Report on vaccination in the Province of Bengal - 1869-1873
Year: 1869
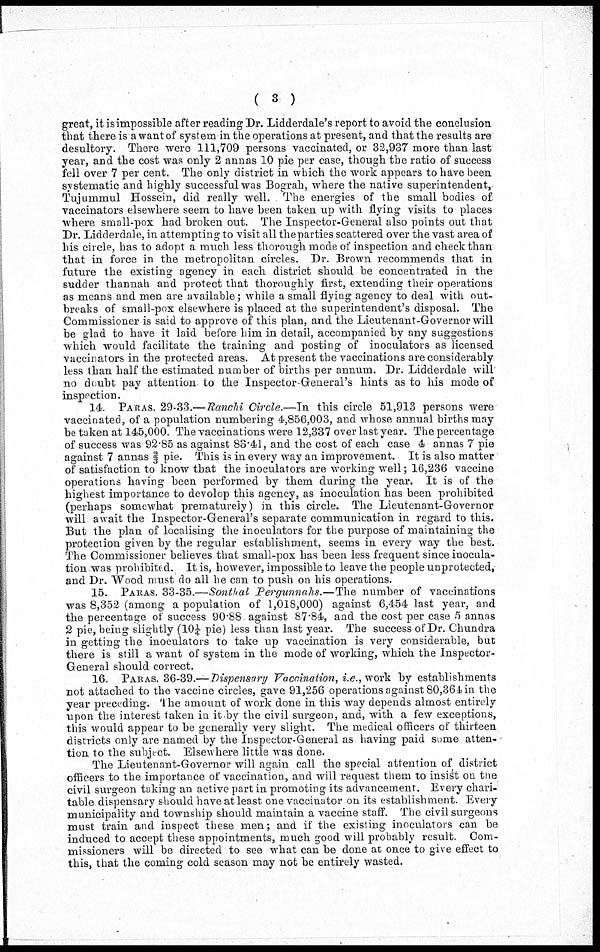
( 3 )
great, it is impossible after reading Dr. Lidderdale's report to avoid the conclusion
that there is a want of system in the operations at present, and that the results are
desultory. There were 111,709 persons vaccinated, or 32,937 more than last
year, and the cost was only 2 annas 10 pie per case, though the ratio of success
fell over 7 per cent. The only district in which the work appears to have been
systematic and highly successful was Bograh, where the native superintendent,
Tujummul Hossein, did really well. The energies of the small bodies of
vaccinators elsewhere seem to have been taken up with flying visits to places
where small-pox had broken out. The Inspector-General also points out that
Dr. Lidderdale, in attempting to visit all the parties scattered over the vast area of
his circle, has to adopt a much less thorough mode of inspection and check than
that in force in the metropolitan circles. Dr. Brown recommends that in
future the existing agency in each district should be concentrated in the
sudder thannah and protect that thoroughly first, extending their operations
as means and men are available; while a small flying agency to deal with out-
breaks of small-pox elsewhere is placed at the superintendent's disposal. The
Commissioner is said to approve of this plan, and the Lieutenant-Governor will
be glad to have it laid before him in detail, accompanied by any suggestions
which would facilitate the training and posting of inoculators as licensed
vaccinators in the protected areas. At present the vaccinations are considerably
less than half the estimated number of births per annum. Dr. Lidderdale will
no doubt pay attention to the Inspector-General's hints as to his mode of
inspection.
14. PARAS. 29-33.—Ranchi Circle.—In this circle 51,913 persons were
vaccinated, of a population numbering 4,856,003, and whose annual births may
be taken at 145,000. The vaccinations were 12,337 over last year. The percentage
of success was 92.85 as against 83.41, and the cost of each case 4 annas 7 pie
against 7 annas 2/3 pie. This is in every way an improvement. It is also matter
of satisfaction to know that the inoculators are working well; 16,236 vaccine
operations having been performed by them during the year. It is of the
highest importance to devolop this agency, as inoculation has been prohibited
(perhaps somewhat prematurely) in this circle. The Lieutenant-Governor
will await the Inspector-General's separate communication in regard to this.
But the plan of localising the inoculators for the purpose of maintaining the
protection given by the regular establishment, seems in every way the best.
The Commissioner believes that small-pox has been less frequent since inocula-
tion was prohibited. It is, however, impossible to leave the people unprotected,
and Dr. Wood must do all he can to push on his operations.
15. PARAS 33-35.—Sonthal Pergunnahs.—The number of vaccinations
was 8,352 (among a population of 1,018,000) against 6,454 last year, and
the percentage of success 90.88 against 87.84, and the cost per case 5 annas
2 pie, being slightly (10¼ pie) less than last year. The success of Dr. Chundra
in getting the inoculators to take up vaccination is very considerable, but
there is still a want of system in the mode of working, which the Inspector-
General should correct.
16. PARAS. 36-39.—Dispensary Vaccination, i.e., work by establishments
not attached to the vaccine circles, gave 91,256 operations against 80,364 in the
year preceding. The amount of work done in this way depends almost entirely
upon the interest taken in it by the civil surgeon, and, with a few exceptions,
this would appear to be generally very slight. The medical officers of thirteen
districts only are named by the Inspector-General as having paid some atten-
tion to the subject. Elsewhere little was done.
The Lieutenant-Governor will again call the special attention of district
officers to the importance of vaccination, and will request them to insist on the
civil surgeon taking an active part in promoting its advancement. Every chari-
table dispensary should have at least one vaccinator on its establishment. Every
municipality and township should maintain a vaccine staff. The civil surgeons
must train and inspect these men; and if the existing inoculators can be
induced to accept these appointments, much good will probably result. Com-
missioners will be directed to see what can be done at once to give effect to
this, that the coming cold season may not be entirely wasted.